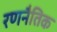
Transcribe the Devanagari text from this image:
रणनैतिक